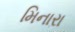
મિનારા